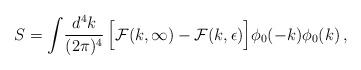
LaTeX: \begin{align*}S = \int\!{d^4k\over (2\pi )^4}\, \Bigl[ {\cal F} (k, \infty ) -{\cal F} (k, \epsilon )\Bigr]\phi_0(-k)\phi_0(k) \,,\end{align*}